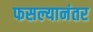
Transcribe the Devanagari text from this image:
फसल्यानंतर